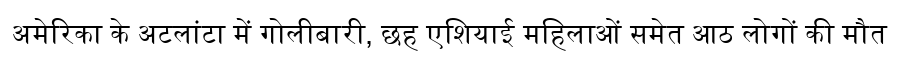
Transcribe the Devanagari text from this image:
अमेरिका के अटलांटा में गोलीबारी, छह एशियाई महिलाओं समेत आठ लोगों की मौत